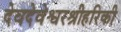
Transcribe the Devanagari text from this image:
देवदेवेश्वरश्रीहरिकी